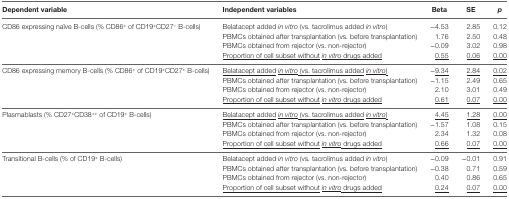
| Dependent variable | Independent variables | Beta | SE | p |
 | --- | --- | --- | --- | --- |
 | <ROWSPAN=4> CD86 expressing naïve B-cells (% CD86+ of CD19+CD27− B-cells) | Belatacept added in vitro (vs. tacrolimus added in vitro) | −4.53 | 2.85 | 0.12 |
 | PBMCs obtained after transplantation (vs. before transplantation) | 1.76 | 2.50 | 0.48 |
 | PBMCs obtained from rejector (vs. non-rejector) | −0.09 | 3.02 | 0.98 |
 | <underline>Proportion of cell subset without</underline><underline>in vitro</underline><underline>drugs added</underline> | <underline>0.55</underline> | <underline>0.06</underline> | <underline>0.00</underline> |
 | <ROWSPAN=4> CD86 expressing memory B-cells (% CD86+ of CD19+CD27+ B-cells) | <underline>Belatacept added</underline><underline>in vitro</underline><underline>(vs. tacrolimus added</underline><underline>in vitro</underline><underline>)</underline> | −<underline>9.34</underline> | <underline>2.84</underline> | <underline>0.02</underline> |
 | PBMCs obtained after transplantation (vs. before transplantation) | −1.15 | 2.49 | 0.65 |
 | PBMCs obtained from rejector (vs. non-rejector) | 2.10 | 3.01 | 0.49 |
 | <underline>Proportion of cell subset without</underline><underline>in vitro</underline><underline>drugs added</underline> | <underline>0.61</underline> | <underline>0.07</underline> | <underline>0.00</underline> |
 | <ROWSPAN=4> Plasmablasts (% CD27+CD38++ of CD19+ B-cells) | <underline>Belatacept added</underline><underline>in vitro</underline><underline>(vs. tacrolimus added</underline><underline>in vitro</underline><underline>)</underline> | <underline>4.45</underline> | <underline>1.28</underline> | <underline>0.00</underline> |
 | PBMCs obtained after transplantation (vs. before transplantation) | −1.57 | 1.08 | 0.15 |
 | PBMCs obtained from rejector (vs. non-rejector) | 2.34 | 1.32 | 0.08 |
 | <underline>Proportion of cell subset without</underline><underline>in vitro</underline><underline>drugs added</underline> | <underline>0.66</underline> | <underline>0.07</underline> | <underline>0.00</underline> |
 | <ROWSPAN=3> Transitional B-cells (% of CD19+ B-cells) | Belatacept added in vitro (vs. tacrolimus added in vitro) | −0.09 | −0.01 | 0.91 |
 | PBMCs obtained after transplantation (vs. before transplantation) | −0.38 | 0.71 | 0.59 |
 | PBMCs obtained from rejector (vs. non-rejector) | 0.40 | 0.86 | 0.65 |
 |  | <underline>Proportion of cell subset without</underline><underline>in vitro</underline><underline>drugs added</underline> | <underline>0.24</underline> | <underline>0.07</underline> | <underline>0.00</underline> |